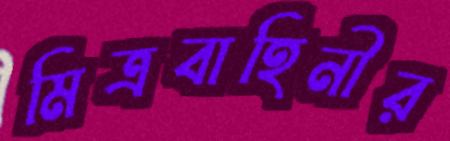
মিত্রবাহিনীর